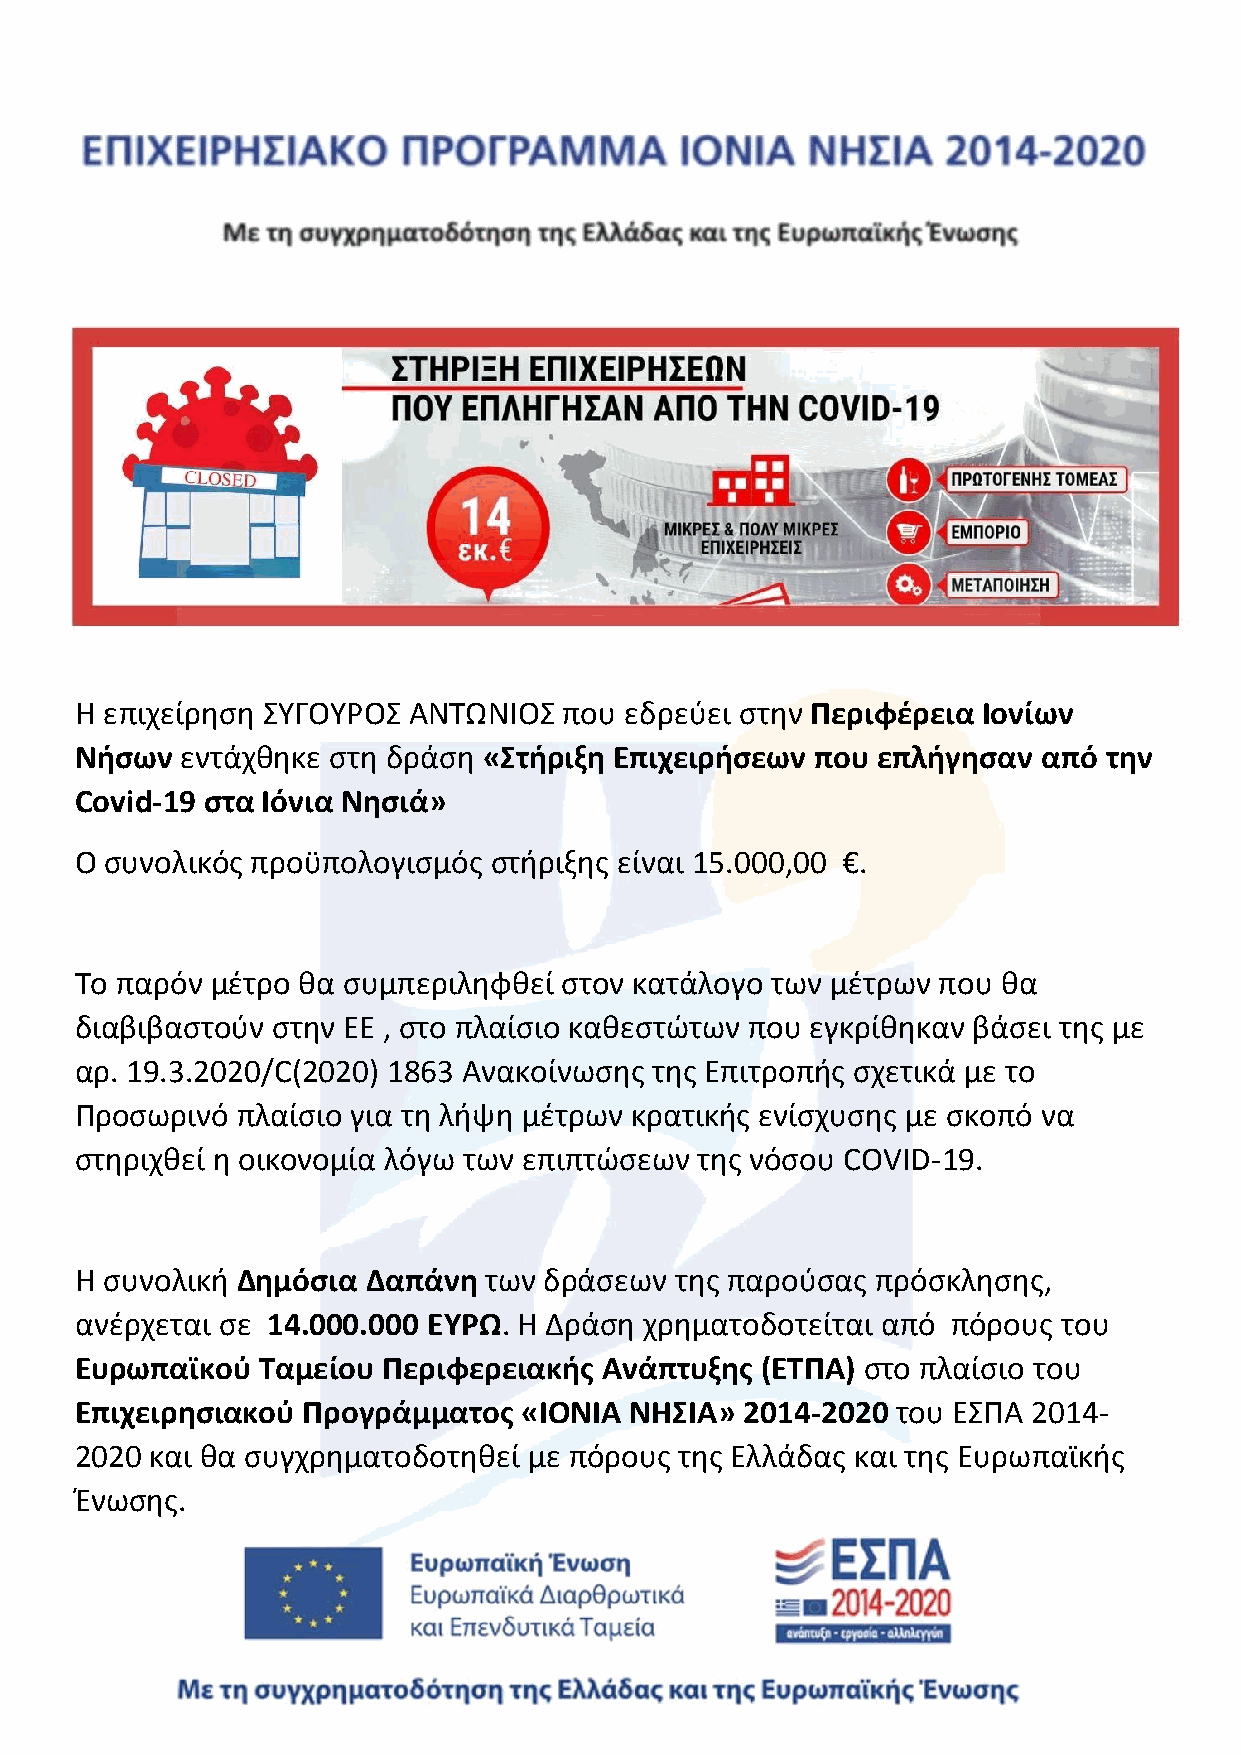
Η επιχείρηση ΣΥΓΟΥΡΟΣ ΑΝΤΩΝΙΟΣ  που εδρεύει στην Περιφέρεια Ιονίων
 Νήσων  εντάχθηκε στη δράση «Στήριξη Επιχειρήσεων που επλήγησαν  από την
 Covid-19 στα Ιόνια Νησιά»
 Ο συνολικός προϋπολογισμός στήριξης είναι 15.000,00 €.
 Το παρόν μέτρο θα συμπεριληφθεί στον κατάλογο των μέτρων που θα
 διαβιβαστούν στην ΕΕ , στο πλαίσιο καθεστώτων που εγκρίθηκαν βάσει της με
 αρ. 19.3.2020/C(2020) 1863 Ανακοίνωσης της Επιτροπής σχετικά με το
 Προσωρινό  πλαίσιο για τη λήψη μέτρων κρατικής ενίσχυσης με σκοπό να
 στηριχθεί η οικονομία λόγω των επιπτώσεων της νόσου COVID-19.
 Η συνολική Δημόσια Δαπάνη  των δράσεων  της παρούσας πρόσκλησης,
 ανέρχεται σε 14.000.000 ΕΥΡΩ. Η Δράση χρηματοδοτείται από πόρους του
 Ευρωπαϊκού  Ταμείου Περιφερειακής  Ανάπτυξης (ΕΤΠΑ) στο πλαίσιο του
 Επιχειρησιακού Προγράμματος   «ΙΟΝΙΑ ΝΗΣΙΑ» 2014-2020 του ΕΣΠΑ 2014-
 2020 και θα συγχρηματοδοτηθεί με πόρους της Ελλάδας και της Ευρωπαϊκής
 Ένωσης.